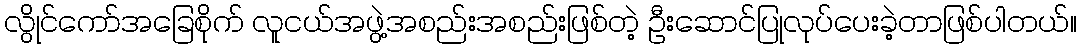
လွိုင်ကော်အခြေစိုက် လူငယ်အဖွဲ့အစည်းအစည်းဖြစ်တဲ့ ဦးဆောင်ပြုလုပ်ပေးခဲ့တာဖြစ်ပါတယ်။